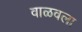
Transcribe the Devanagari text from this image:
वाळवला